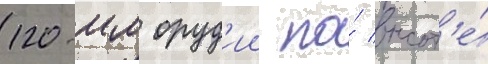
120-мм оруд'ии по́ высот'е́